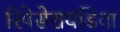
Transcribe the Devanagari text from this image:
रिपेसेरायडिया